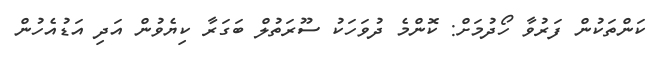
ކަންތަކުން ފަރުވާ ހޯދުމަށް: ކޮންމެ ދުވަހަކު ސޫރަތުލް ބަގަރާ ކިޔެވުން އަދި އަޑުއެހުން